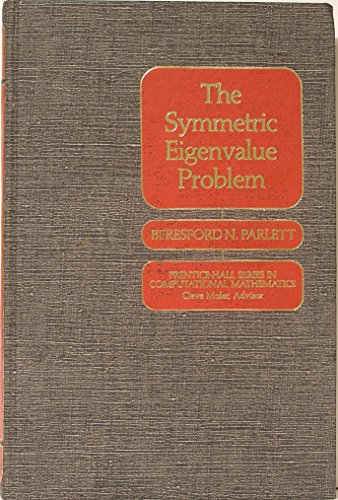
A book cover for Symmetric Eigenvalue Problem (Prentice-Hall series in Computational Mathematics); Beresford N. Parlett; Science & Math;